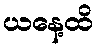
ယနေ့ထိ